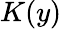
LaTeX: K(y)